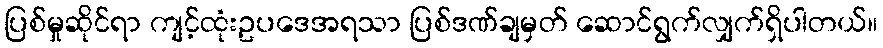
ပြစ်မှုဆိုင်ရာ ကျင့်ထုံးဥပဒေအရသာ ပြစ်ဒဏ်ချမှတ် ဆောင်ရွက်လျှက်ရှိပါတယ်။